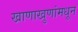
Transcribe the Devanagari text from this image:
खाणाखुणांमधून